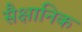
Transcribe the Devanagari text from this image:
सैक्षानिक